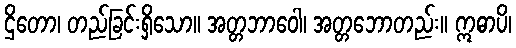
ဌိတော၊ တည်ခြင်းရှိသော။ အတ္တဘာဝေါ၊ အတ္တဘောတည်း။ ဣဓာပိ၊